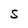
Character: S